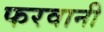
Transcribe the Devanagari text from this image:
फरवानी